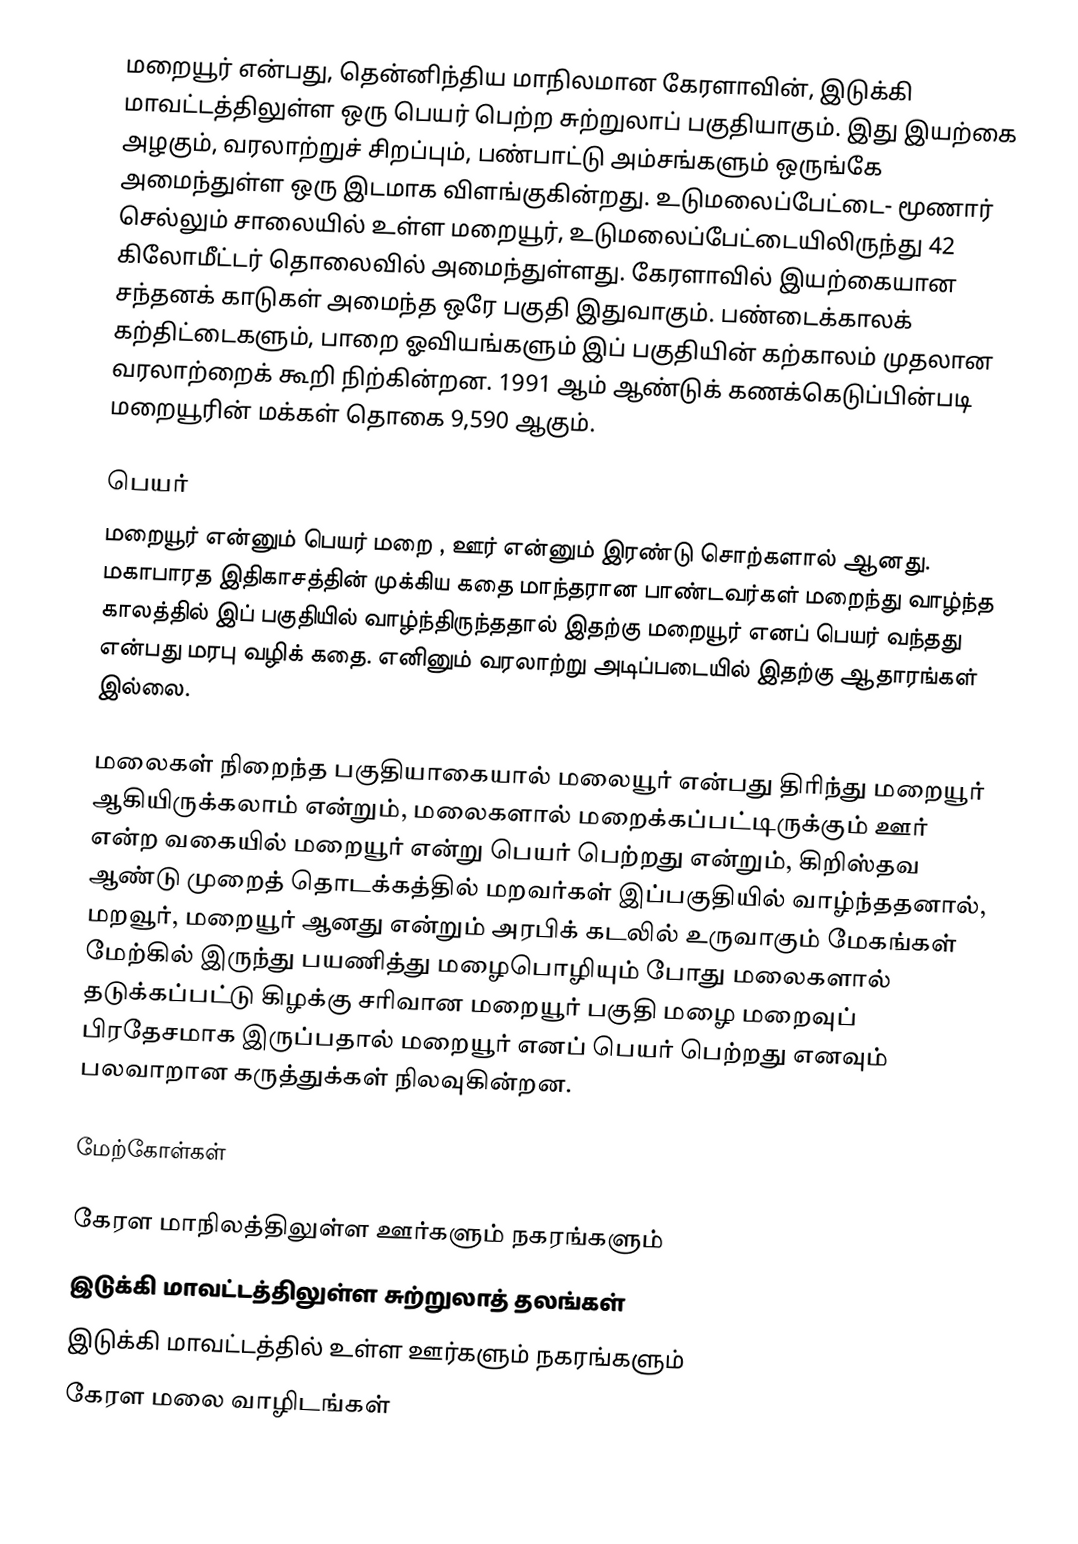
மறையூர் என்பது, தென்னிந்திய மாநிலமான கேரளாவின், இடுக்கி மாவட்டத்திலுள்ள ஒரு பெயர் பெற்ற சுற்றுலாப் பகுதியாகும். இது இயற்கை அழகும், வரலாற்றுச் சிறப்பும், பண்பாட்டு அம்சங்களும் ஒருங்கே அமைந்துள்ள ஒரு இடமாக விளங்குகின்றது. உடுமலைப்பேட்டை- மூணார் செல்லும் சாலையில் உள்ள மறையூர், உடுமலைப்பேட்டையிலிருந்து 42 கிலோமீட்டர் தொலைவில் அமைந்துள்ளது. கேரளாவில் இயற்கையான சந்தனக் காடுகள் அமைந்த ஒரே பகுதி இதுவாகும். பண்டைக்காலக் கற்திட்டைகளும், பாறை ஓவியங்களும் இப் பகுதியின் கற்காலம் முதலான வரலாற்றைக் கூறி நிற்கின்றன. 1991 ஆம் ஆண்டுக் கணக்கெடுப்பின்படி மறையூரின் மக்கள் தொகை 9,590 ஆகும்.

பெயர்
மறையூர் என்னும் பெயர் மறை , ஊர் என்னும் இரண்டு சொற்களால் ஆனது. மகாபாரத இதிகாசத்தின் முக்கிய கதை மாந்தரான பாண்டவர்கள் மறைந்து வாழ்ந்த காலத்தில் இப் பகுதியில் வாழ்ந்திருந்ததால் இதற்கு மறையூர் எனப் பெயர் வந்தது என்பது மரபு வழிக் கதை. எனினும் வரலாற்று அடிப்படையில் இதற்கு ஆதாரங்கள் இல்லை.

மலைகள் நிறைந்த பகுதியாகையால் மலையூர் என்பது திரிந்து மறையூர் ஆகியிருக்கலாம் என்றும், மலைகளால் மறைக்கப்பட்டிருக்கும் ஊர் என்ற வகையில் மறையூர் என்று பெயர் பெற்றது என்றும், கிறிஸ்தவ ஆண்டு முறைத் தொடக்கத்தில் மறவர்கள் இப்பகுதியில் வாழ்ந்ததனால், மறவூர், மறையூர் ஆனது என்றும்  அரபிக் கடலில் உருவாகும் மேகங்கள் மேற்கில் இருந்து பயணித்து மழைபொழியும் போது மலைகளால் தடுக்கப்பட்டு கிழக்கு சரிவான மறையூர் பகுதி மழை மறைவுப் பிரதேசமாக இருப்பதால் மறையூர் எனப் பெயர் பெற்றது எனவும் பலவாறான கருத்துக்கள் நிலவுகின்றன.

மேற்கோள்கள்

கேரள மாநிலத்திலுள்ள ஊர்களும் நகரங்களும்
இடுக்கி மாவட்டத்திலுள்ள சுற்றுலாத் தலங்கள்
இடுக்கி மாவட்டத்தில் உள்ள ஊர்களும் நகரங்களும்
கேரள மலை வாழிடங்கள்